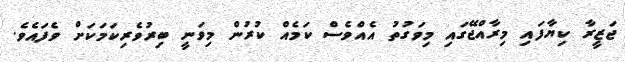
ޖަޒީރާ ކިޔާފައި މިރާއްޖޭގައި މިވަގުތު އެއްވެސް ކަމެއް ކުރުން މިވަނީ ބިރުވެރިކަމަކަށް ވެފައެވެ.